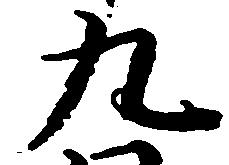
九